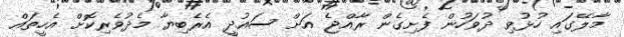
މާލޭގައި ހުޅުވި ދުވަހުން ފެށިގެން ރާއްޖެ އަށް ސައުދީ އެރެބިޔާ މެދުވެެރިކޮށް އެހީތައް